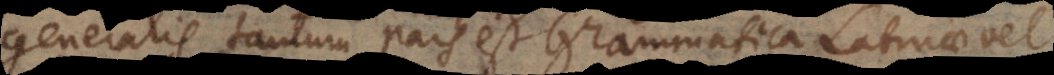
generalis tantum pars est Grammatica Latinae vel